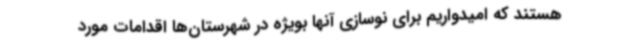
هستند که امیدواریم برای نوسازی آنها بویژه در شهرستان‌ها اقدامات مورد